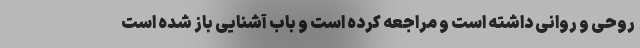
روحی و روانی داشته است و مراجعه کرده است و باب آشنایی باز شده است